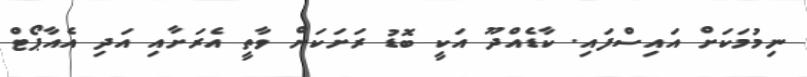
ނިމުމަކަށް އައިސްފައި. ކާޑެއްދޫ އަކީ ބޮޑު ރަށަކަށް ވާތީ އެރަށާއި އަދި އެއާޕޯޓް